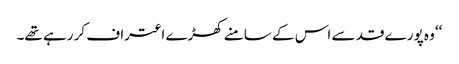
‘‘ وہ پورے قد سے اس کے سامنے کھڑے اعتراف کر رہے تھے۔